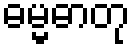
ဓမ္မဓာတု